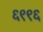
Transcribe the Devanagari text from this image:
६९९६